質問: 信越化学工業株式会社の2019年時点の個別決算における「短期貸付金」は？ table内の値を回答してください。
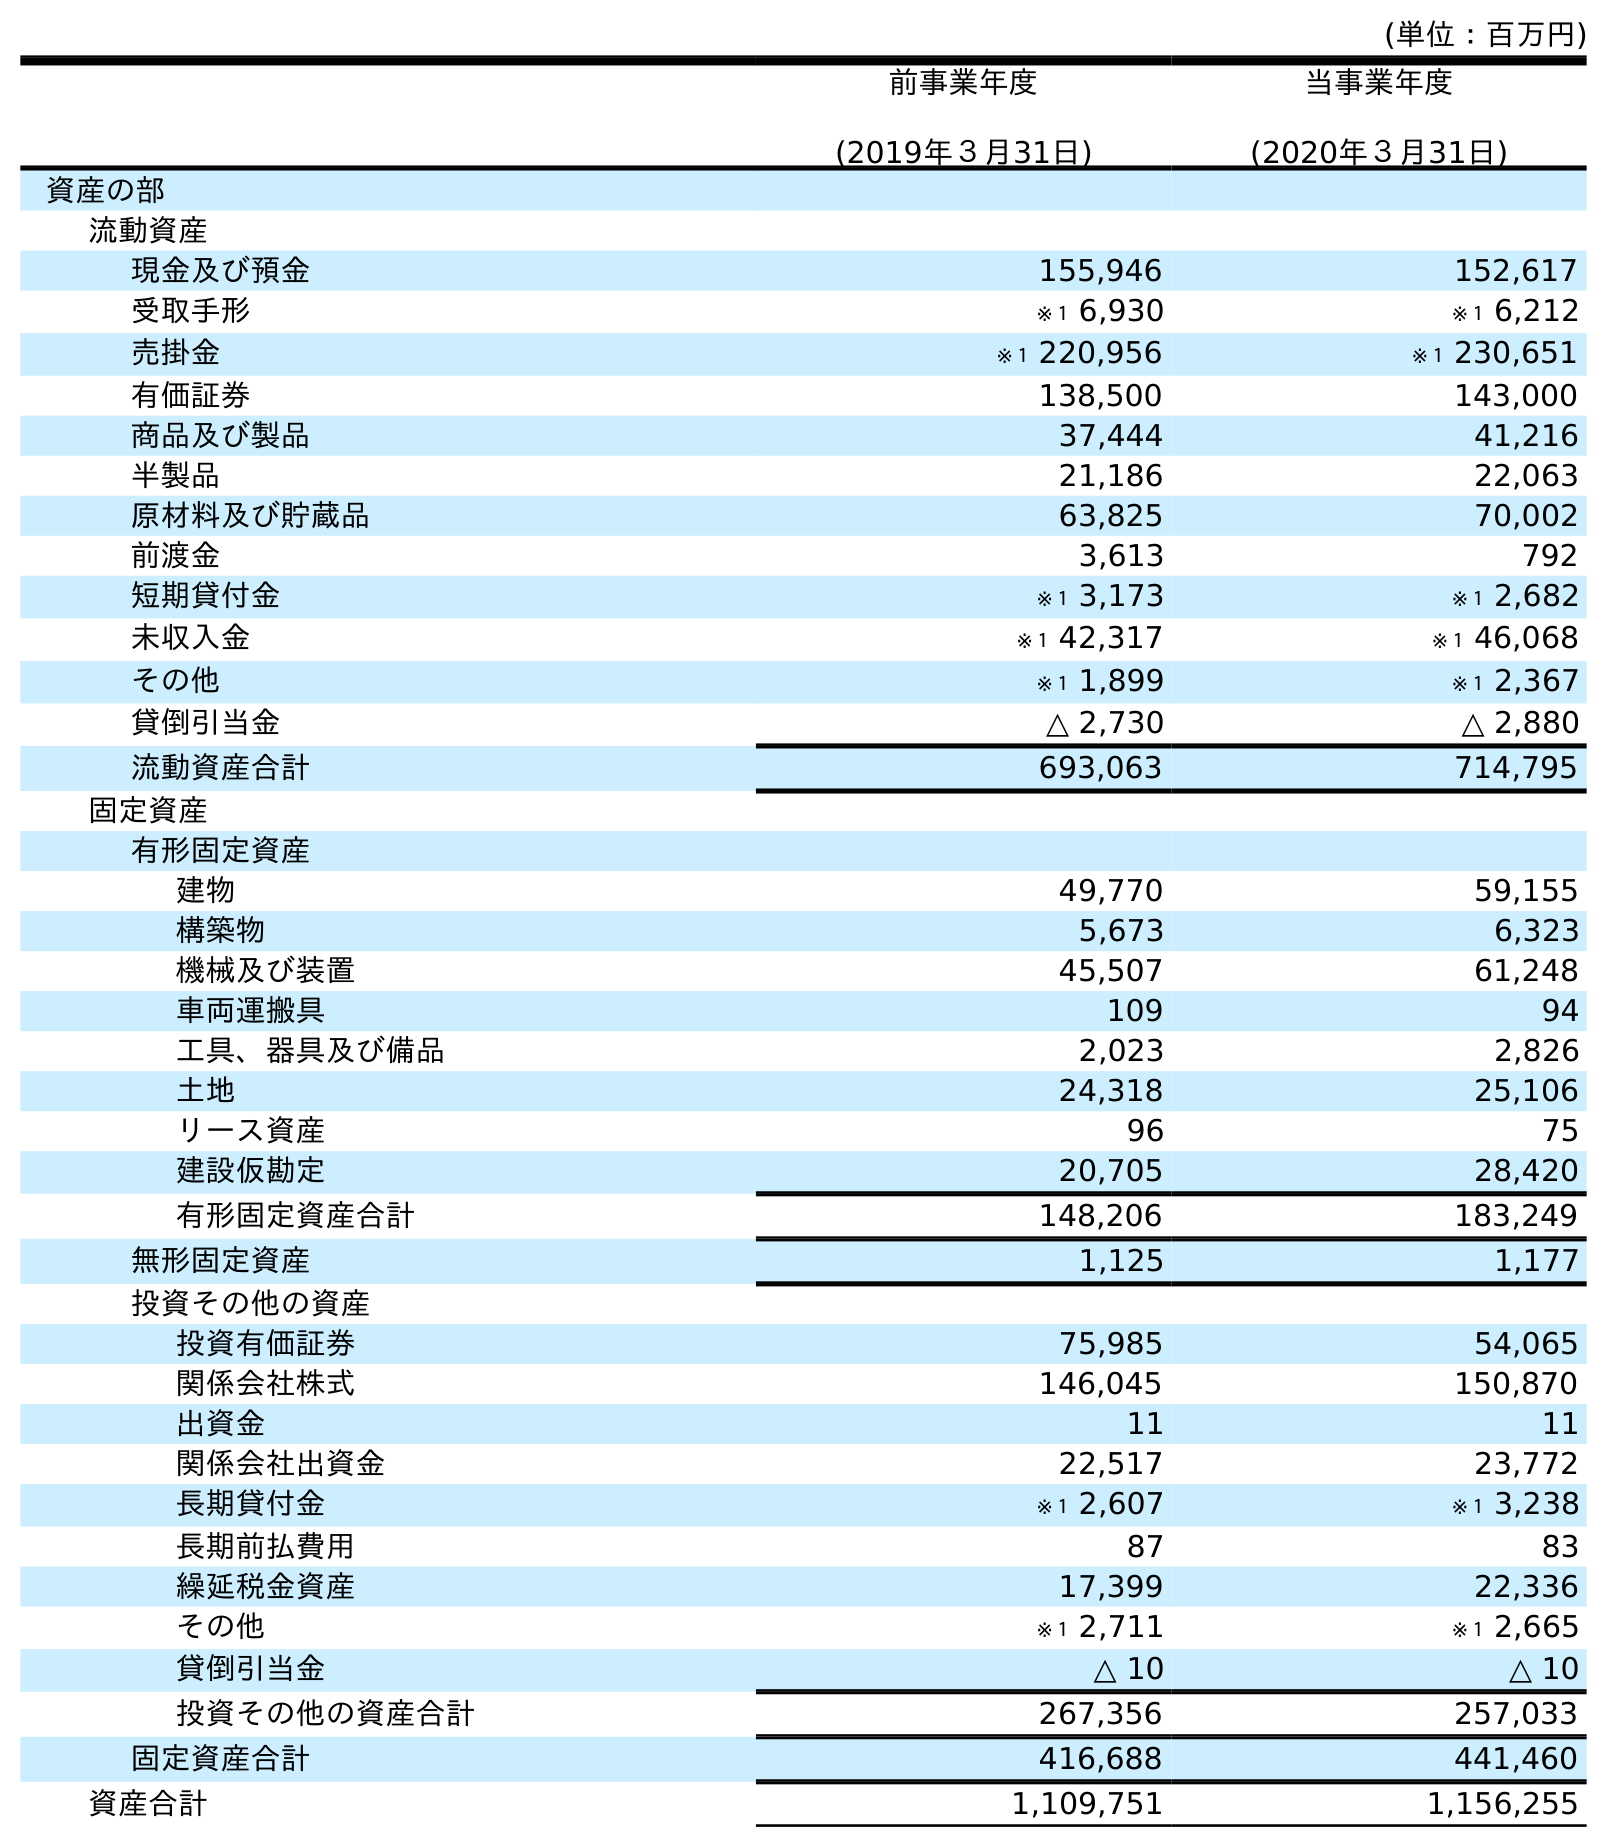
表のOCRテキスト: (単位：百万円) 前事業年度 (2019年３月31日) 当事業年度 (2020年３月31日) 資産の部 流動資産 現金及び預金 155,946 152,617 受取手形 ※１ 6,930 ※１ 6,212 売掛金 ※１ 220,956 ※１ 230,651 有価証券 138,500 143,000 商品及び製品 37,444 41,216 半製品 21,186 22,063 原材料及び貯蔵品 63,825 70,002 前渡金 3,613 792 短期貸付金 ※１ 3,173 ※１ 2,682 未収入金 ※１ 42,317 ※１ 46,068 その他 ※１ 1,899 ※１ 2,367 貸倒引当金 △ 2,730 △ 2,880 流動資産合計 693,063 714,795 固定資産 有形固定資産 建物 49,770 59,155 構築物 5,673 6,323 機械及び装置 45,507 61,248 車両運搬具 109 94 工具、器具及び備品 2,023 2,826 土地 24,318 25,106 リース資産 96 75 建設仮勘定 20,705 28,420 有形固定資産合計 148,206 183,249 無形固定資産 1,125 1,177 投資その他の資産 投資有価証券 75,985 54,065 関係会社株式 146,045 150,870 出資金 11 11 関係会社出資金 22,517 23,772 長期貸付金 ※１ 2,607 ※１ 3,238 長期前払費用 87 83 繰延税金資産 17,399 22,336 その他 ※１ 2,711 ※１ 2,665 貸倒引当金 △ 10 △ 10 投資その他の資産合計 267,356 257,033 固定資産合計 416,688 441,460 資産合計 1,109,751 1,156,255
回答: ※１3,173